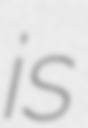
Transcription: is